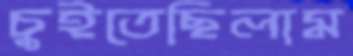
চুইতেছিলাম